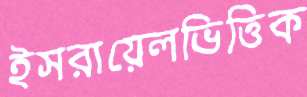
ইসরায়েলভিত্তিক